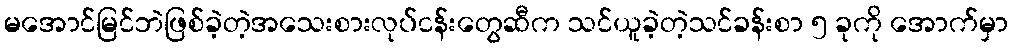
မအောင်မြင်ဘဲဖြစ်ခဲ့တဲ့အသေးစားလုပ်ငန်းတွေဆီက သင်ယူခဲ့တဲ့သင်ခန်းစာ ၅ ခုကို အောက်မှာ